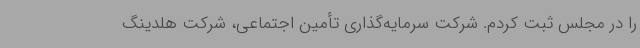
را در مجلس ثبت کردم. شرکت سرمایه‌گذاری تأمین اجتماعی، شرکت هلدینگ